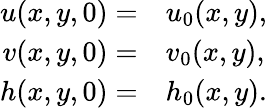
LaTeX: \begin{array}{rl}{u(x,y,0)=}&{{}u_{0}(x,y),}\\ {v(x,y,0)=}&{{}v_{0}(x,y),}\\ {h(x,y,0)=}&{{}h_{0}(x,y).}\end{array}